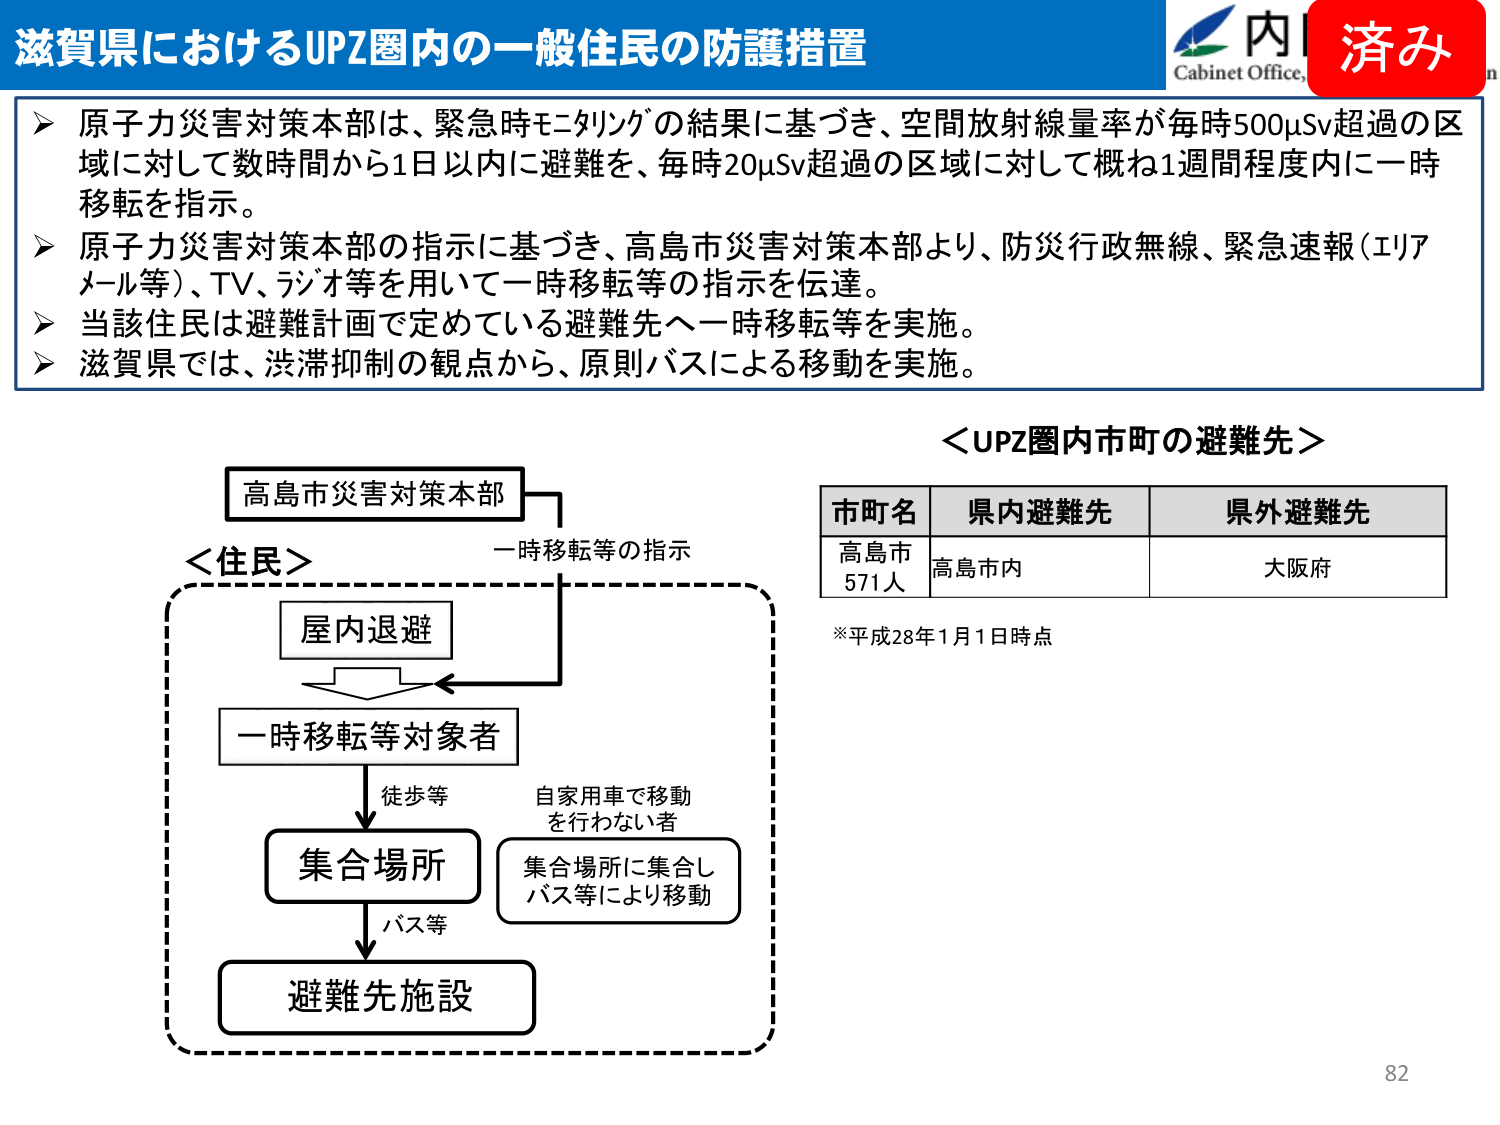
滋賀県におけるUPZ圏内の一一般住民の防護措置

原子力災害対策本部は、緊急時モニタリングの結果に基づき、空間放射線量率が毎時500μSv超過の区域に対して数時間から1日以内に避難を、毎時20μSv超過の区域に対して概ね1週間程度内に一時移転を指示。

原子力災害対策本部の指示に基づき、高島市災害対策本部より、防災行政無線、緊急速報（エリアル等）、TV、ラジオ等を用いて一時移転等の指示を伝達。

当該住民は避難計画で定めている避難先へ一時移転等を実施。

滋賀県では、渋滞抑制の観点から、原則バスによる移動を実施。

＜UPZ圏内市町の避難先＞

市町名　県内避難先　県外避難先
高島市　高島市内　大阪府
571人

※平成28年1月1日時点

高島市災害対策本部
一時移転等の指示

＜住民＞
屋内退避
一時移転等対象者
徒歩等
集合場所
自家用車で移動を行わない者
集合場所に集合し
バス等により移動
バス等
避難先施設

内
Cabinet Office,
済み

82